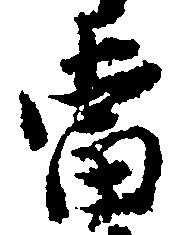
当